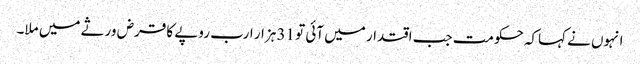
انہوں نے کہاکہ حکومت جب اقتدار میں آئی تو 31 ہزار ارب روپے کا قرض ورثے میں ملا۔